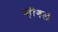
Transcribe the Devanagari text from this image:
व्हीगल